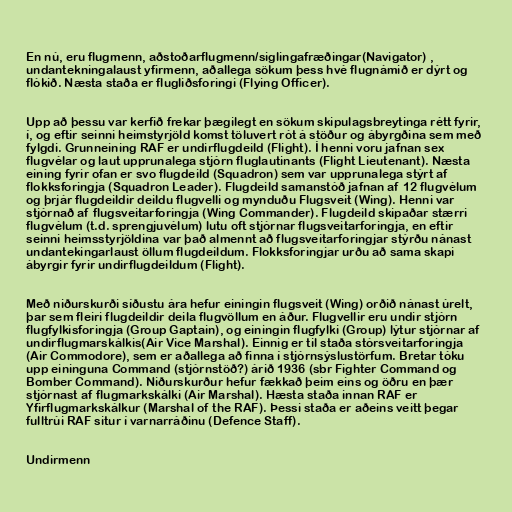
En nú, eru flugmenn, aðstoðarflugmenn/siglingafræðingar(Navigator) ,
undantekningalaust yfirmenn, aðallega sökum þess hvé flugnámið er dýrt og
flókið. Næsta staða er flugliðsforingi (Flying Officer).

Upp að þessu var kerfið frekar þægilegt en sökum skipulagsbreytinga rétt fyrir,
í, og eftir seinni heimstyrjöld komst töluvert rót á stöður og ábyrgðina sem með
fylgdi. Grunneining RAF er undirflugdeild (Flight). Í henni voru jafnan sex
flugvélar og laut upprunalega stjórn fluglautinants (Flight Lieutenant). Næsta
eining fyrir ofan er svo flugdeild (Squadron) sem var upprunalega stýrt af
flokksforingja (Squadron Leader). Flugdeild samanstóð jafnan af 12 flugvélum
og þrjár flugdeildir deildu flugvelli og mynduðu Flugsveit (Wing). Henni var
stjórnað af flugsveitarforingja (Wing Commander). Flugdeild skipaðar stærri
flugvélum (t.d. sprengjuvélum) lutu oft stjórnar flugsveitarforingja, en eftir
seinni heimsstyrjöldina var það almennt að flugsveitarforingjar stýrðu nánast
undantekingarlaust öllum flugdeildum. Flokksforingjar urðu að sama skapi
ábyrgir fyrir undirflugdeildum (Flight).

Með niðurskurði síðustu ára hefur einingin flugsveit (Wing) orðið nánast úrelt,
þar sem fleiri flugdeildir deila flugvöllum en áður. Flugvellir eru undir stjórn
flugfylkisforingja (Group Gaptain), og einingin flugfylki (Group) lýtur stjórnar af
undirflugmarskálkis(Air Vice Marshal). Einnig er til staða stórsveitarforingja
(Air Commodore), sem er aðallega að finna í stjórnsýslustörfum. Bretar tóku
upp eininguna Command (stjórnstöð?) árið 1936 (sbr Fighter Command og
Bomber Command). Niðurskurður hefur fækkað þeim eins og öðru en þær
stjórnast af flugmarkskálki (Air Marshal). Hæsta staða innan RAF er
Yfirflugmarkskálkur (Marshal of the RAF). Þessi staða er aðeins veitt þegar
fulltrúi RAF situr í varnarráðinu (Defence Staff).

Undirmenn